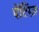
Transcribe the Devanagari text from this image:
पेंटिंग्ज़